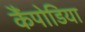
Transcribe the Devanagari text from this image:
कैंपोडिया